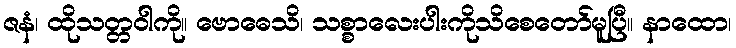
ဇနံ၊ ထိုသတ္တဝါကို။ ဗောဓေသိ၊ သစ္စာလေးပါးကိုသိစေတော်မူပြီ။ နာထော၊